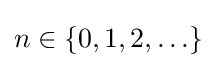
n\in \{0,1,2,\ldots \}